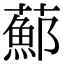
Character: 𦿇